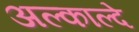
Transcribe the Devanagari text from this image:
अल्काल्दे